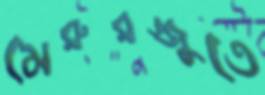
মেরুরজ্জুতে